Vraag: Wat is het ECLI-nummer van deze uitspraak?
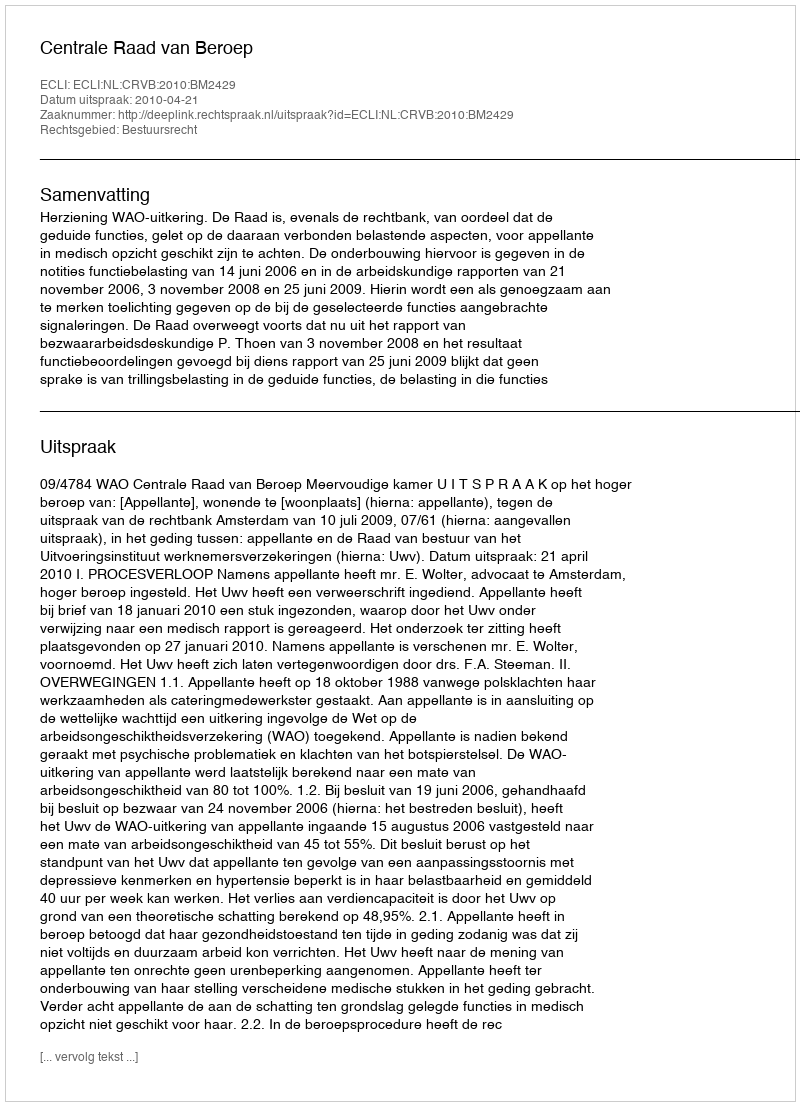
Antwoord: ECLI:NL:CRVB:2010:BM2429